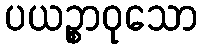
ပယဉ္စာဝုသော